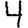
Digit: 4